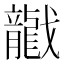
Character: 𱟡